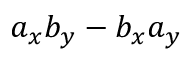
a _ { x } b _ { y } - b _ { x } a _ { y }